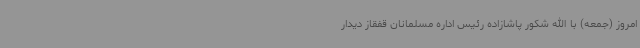
امروز (جمعه) با الله شکور پاشازاده رئیس اداره مسلمانان قفقاز دیدار